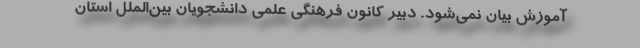
آموزش بیان نمی‌شود. دبیر کانون فرهنگی علمی دانشجویان بین‌الملل استان